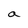
Character: a